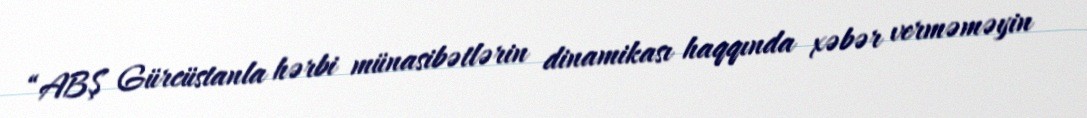
“ABŞ Gürcüstanla hərbi münasibətlərin dinamikası haqqında xəbər verməməyin